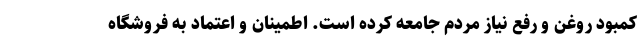
کمبود روغن و رفع نیاز مردم جامعه کرده است. اطمینان و اعتماد به فروشگاه